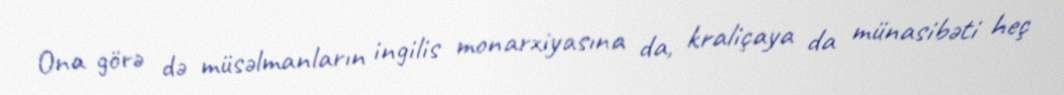
Ona görə də müsəlmanların ingilis monarxiyasına da, kraliçaya da münasibəti heç